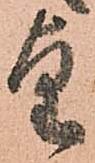
望